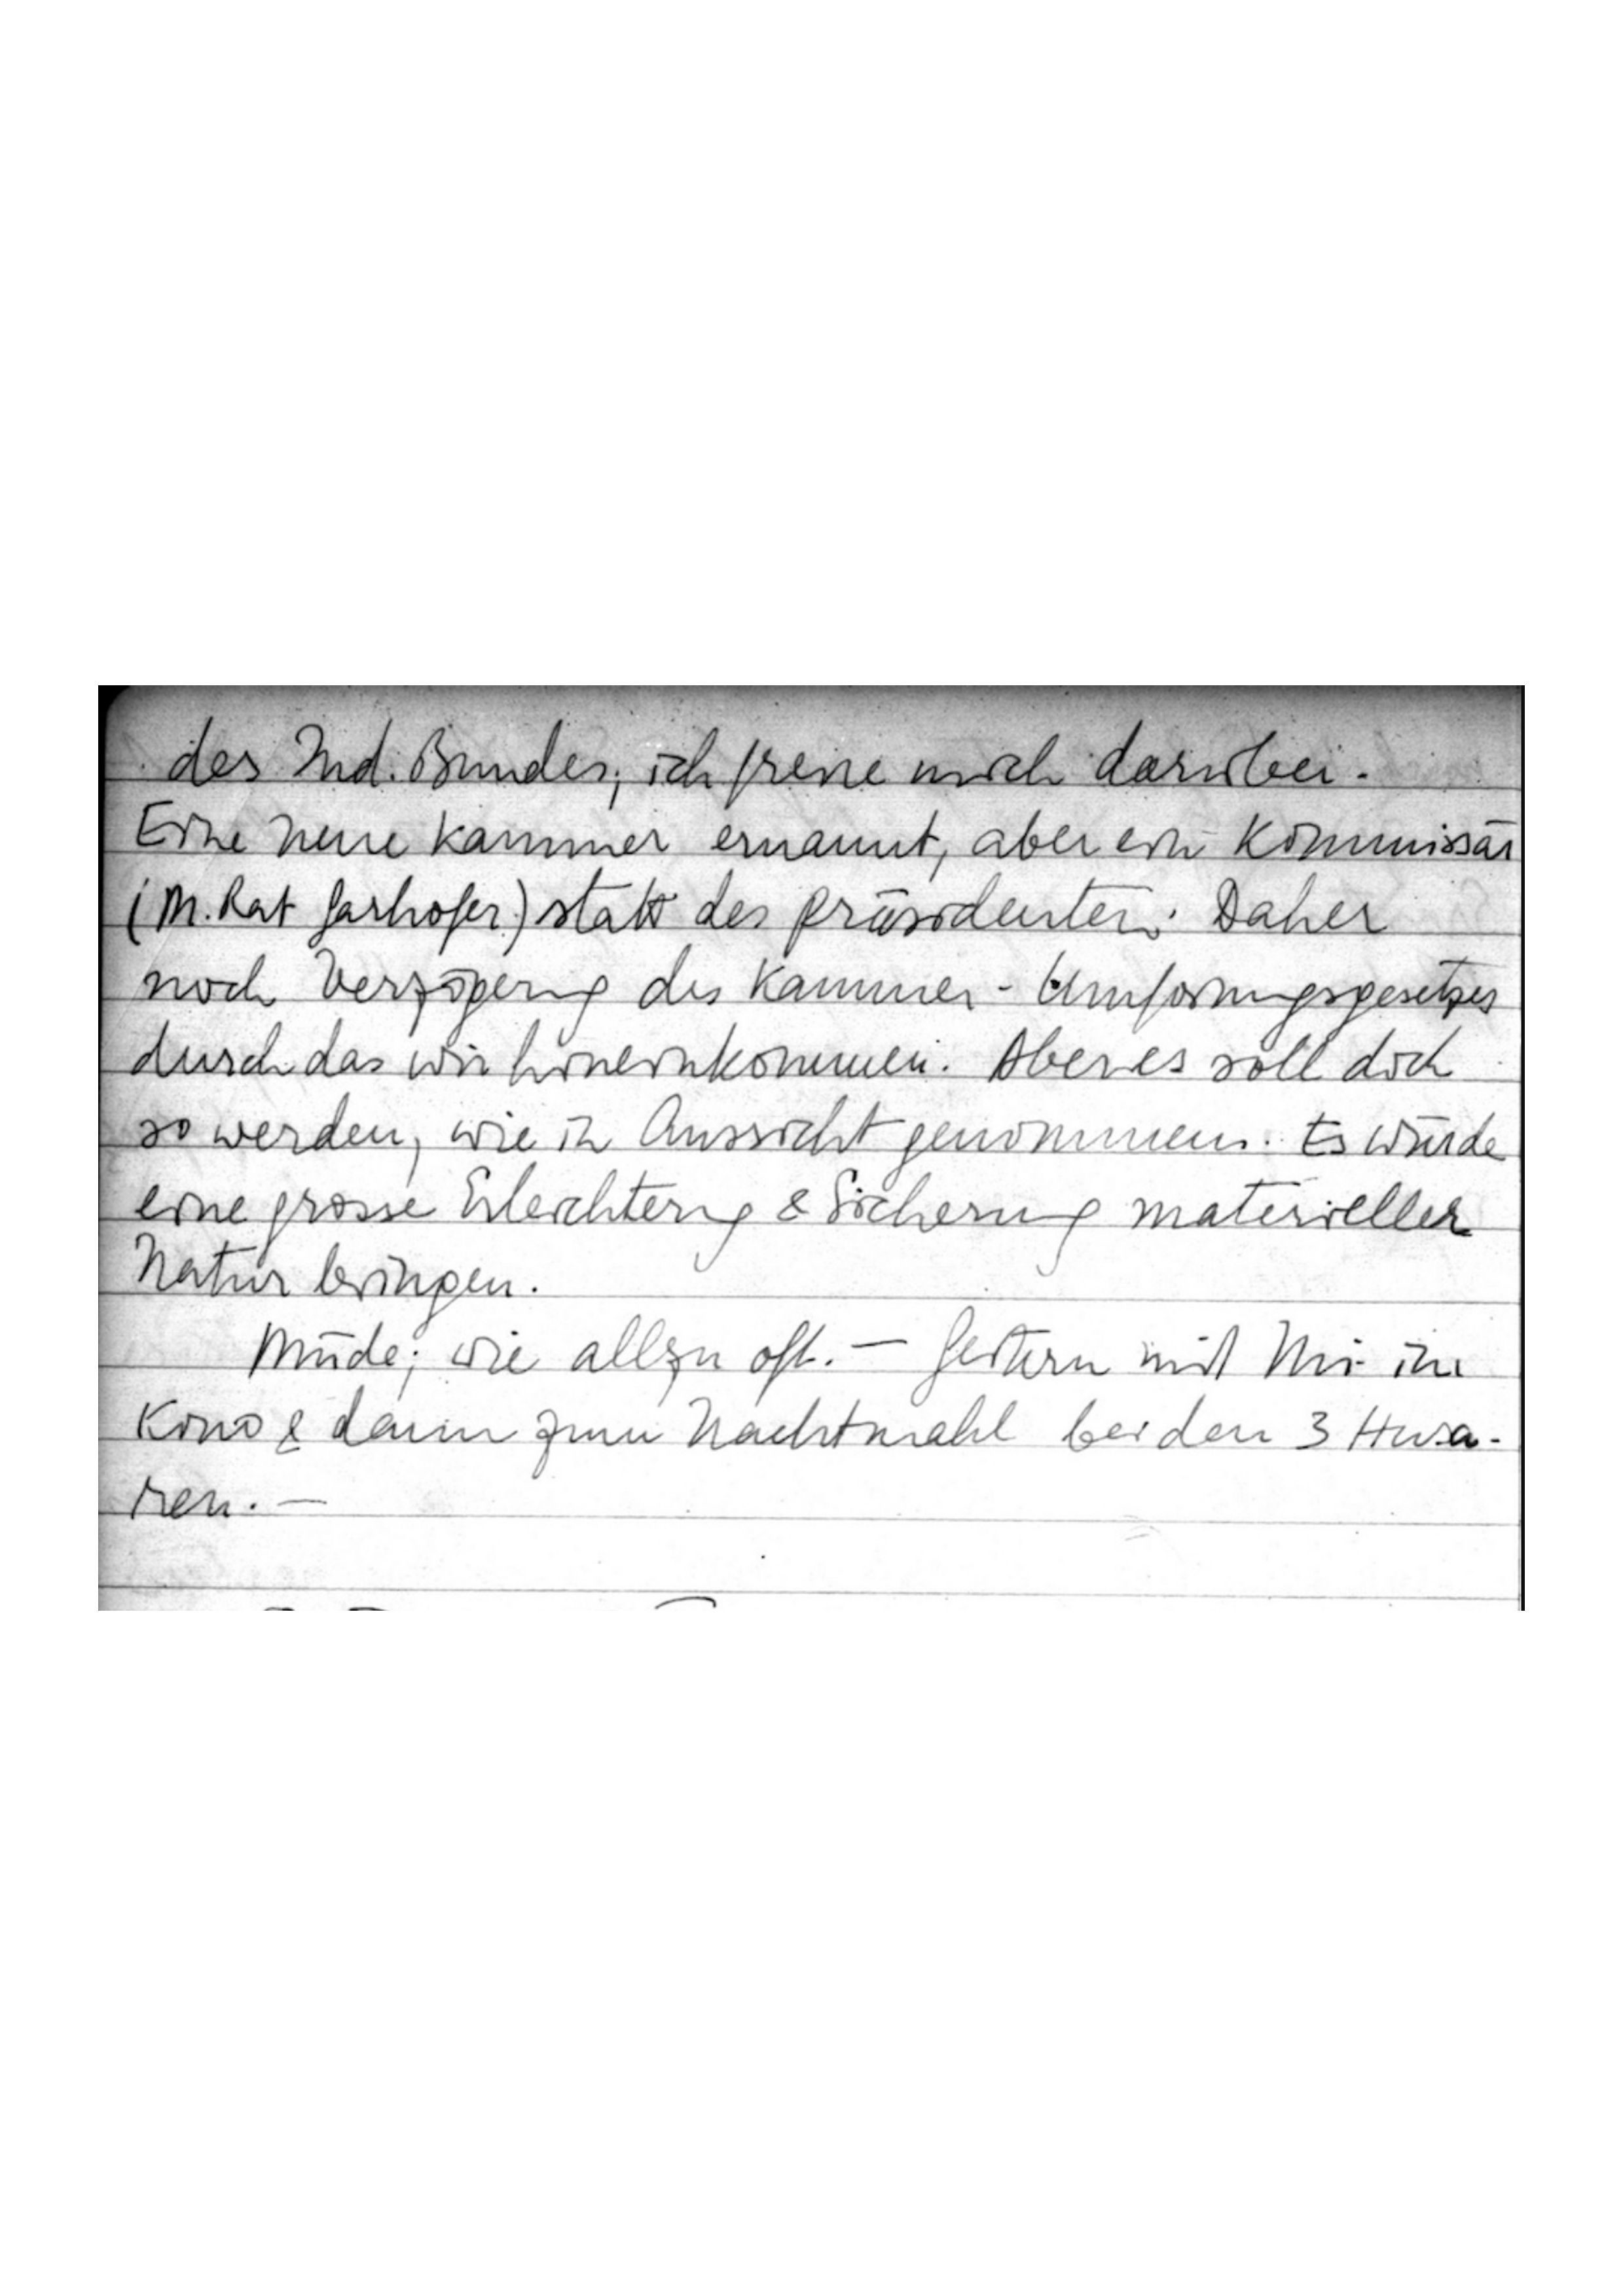
des Ind. Bundes; ich freue mich darüber.
Eine neue Kammer ernannt, aber ein Kommissär
(M. Rat Garhofer) statt des Präsidenten. Daher
noch Verzögerung des Kammer-Umformungsgesetzes
durch das wir hineinkommen. Aber es soll doch
so werden, wie in Aussicht genommen. Es würde
eine grosse Erleichterung & Sicherung materieller
Natur bringen.
Müde; wie allzu oft. – Gestern mit Mi im
Kino & dann zum Nachtmahl bei den 3 Husa-
ren.